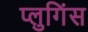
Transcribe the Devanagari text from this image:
प्लुगिंस